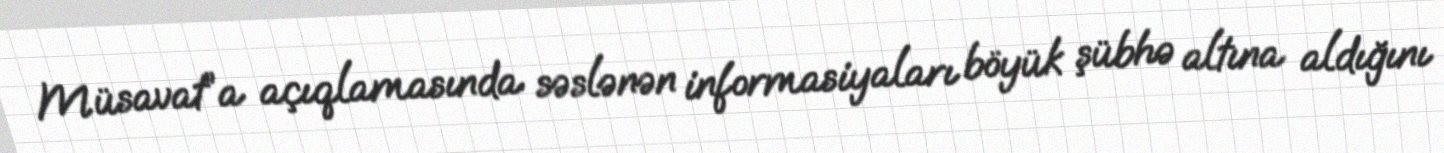
Müsavat”a açıqlamasında səslənən informasiyaları böyük şübhə altına aldığını